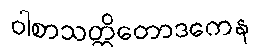
ဝါစာသတ္တိတောဒကေန